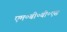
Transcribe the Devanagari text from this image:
एम०बी०बी०एस